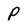
Character: P